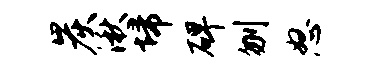
炭湫埽碑刎怒